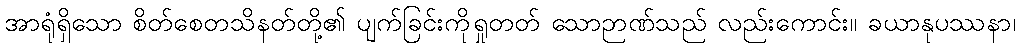
အာရုံရှိသော စိတ်စေတသိနတ်တို့၏ ပျက်ခြင်းကိုရှုတတ် သောဉာဏ်သည် လည်းကောင်း။ ခယာနုပဿနာ၊